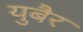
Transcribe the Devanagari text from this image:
युबैर